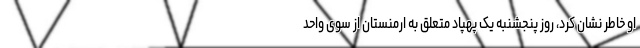
او خاطر نشان کرد، روز پنجشنبه یک پهپاد متعلق به ارمنستان از سوی واحد